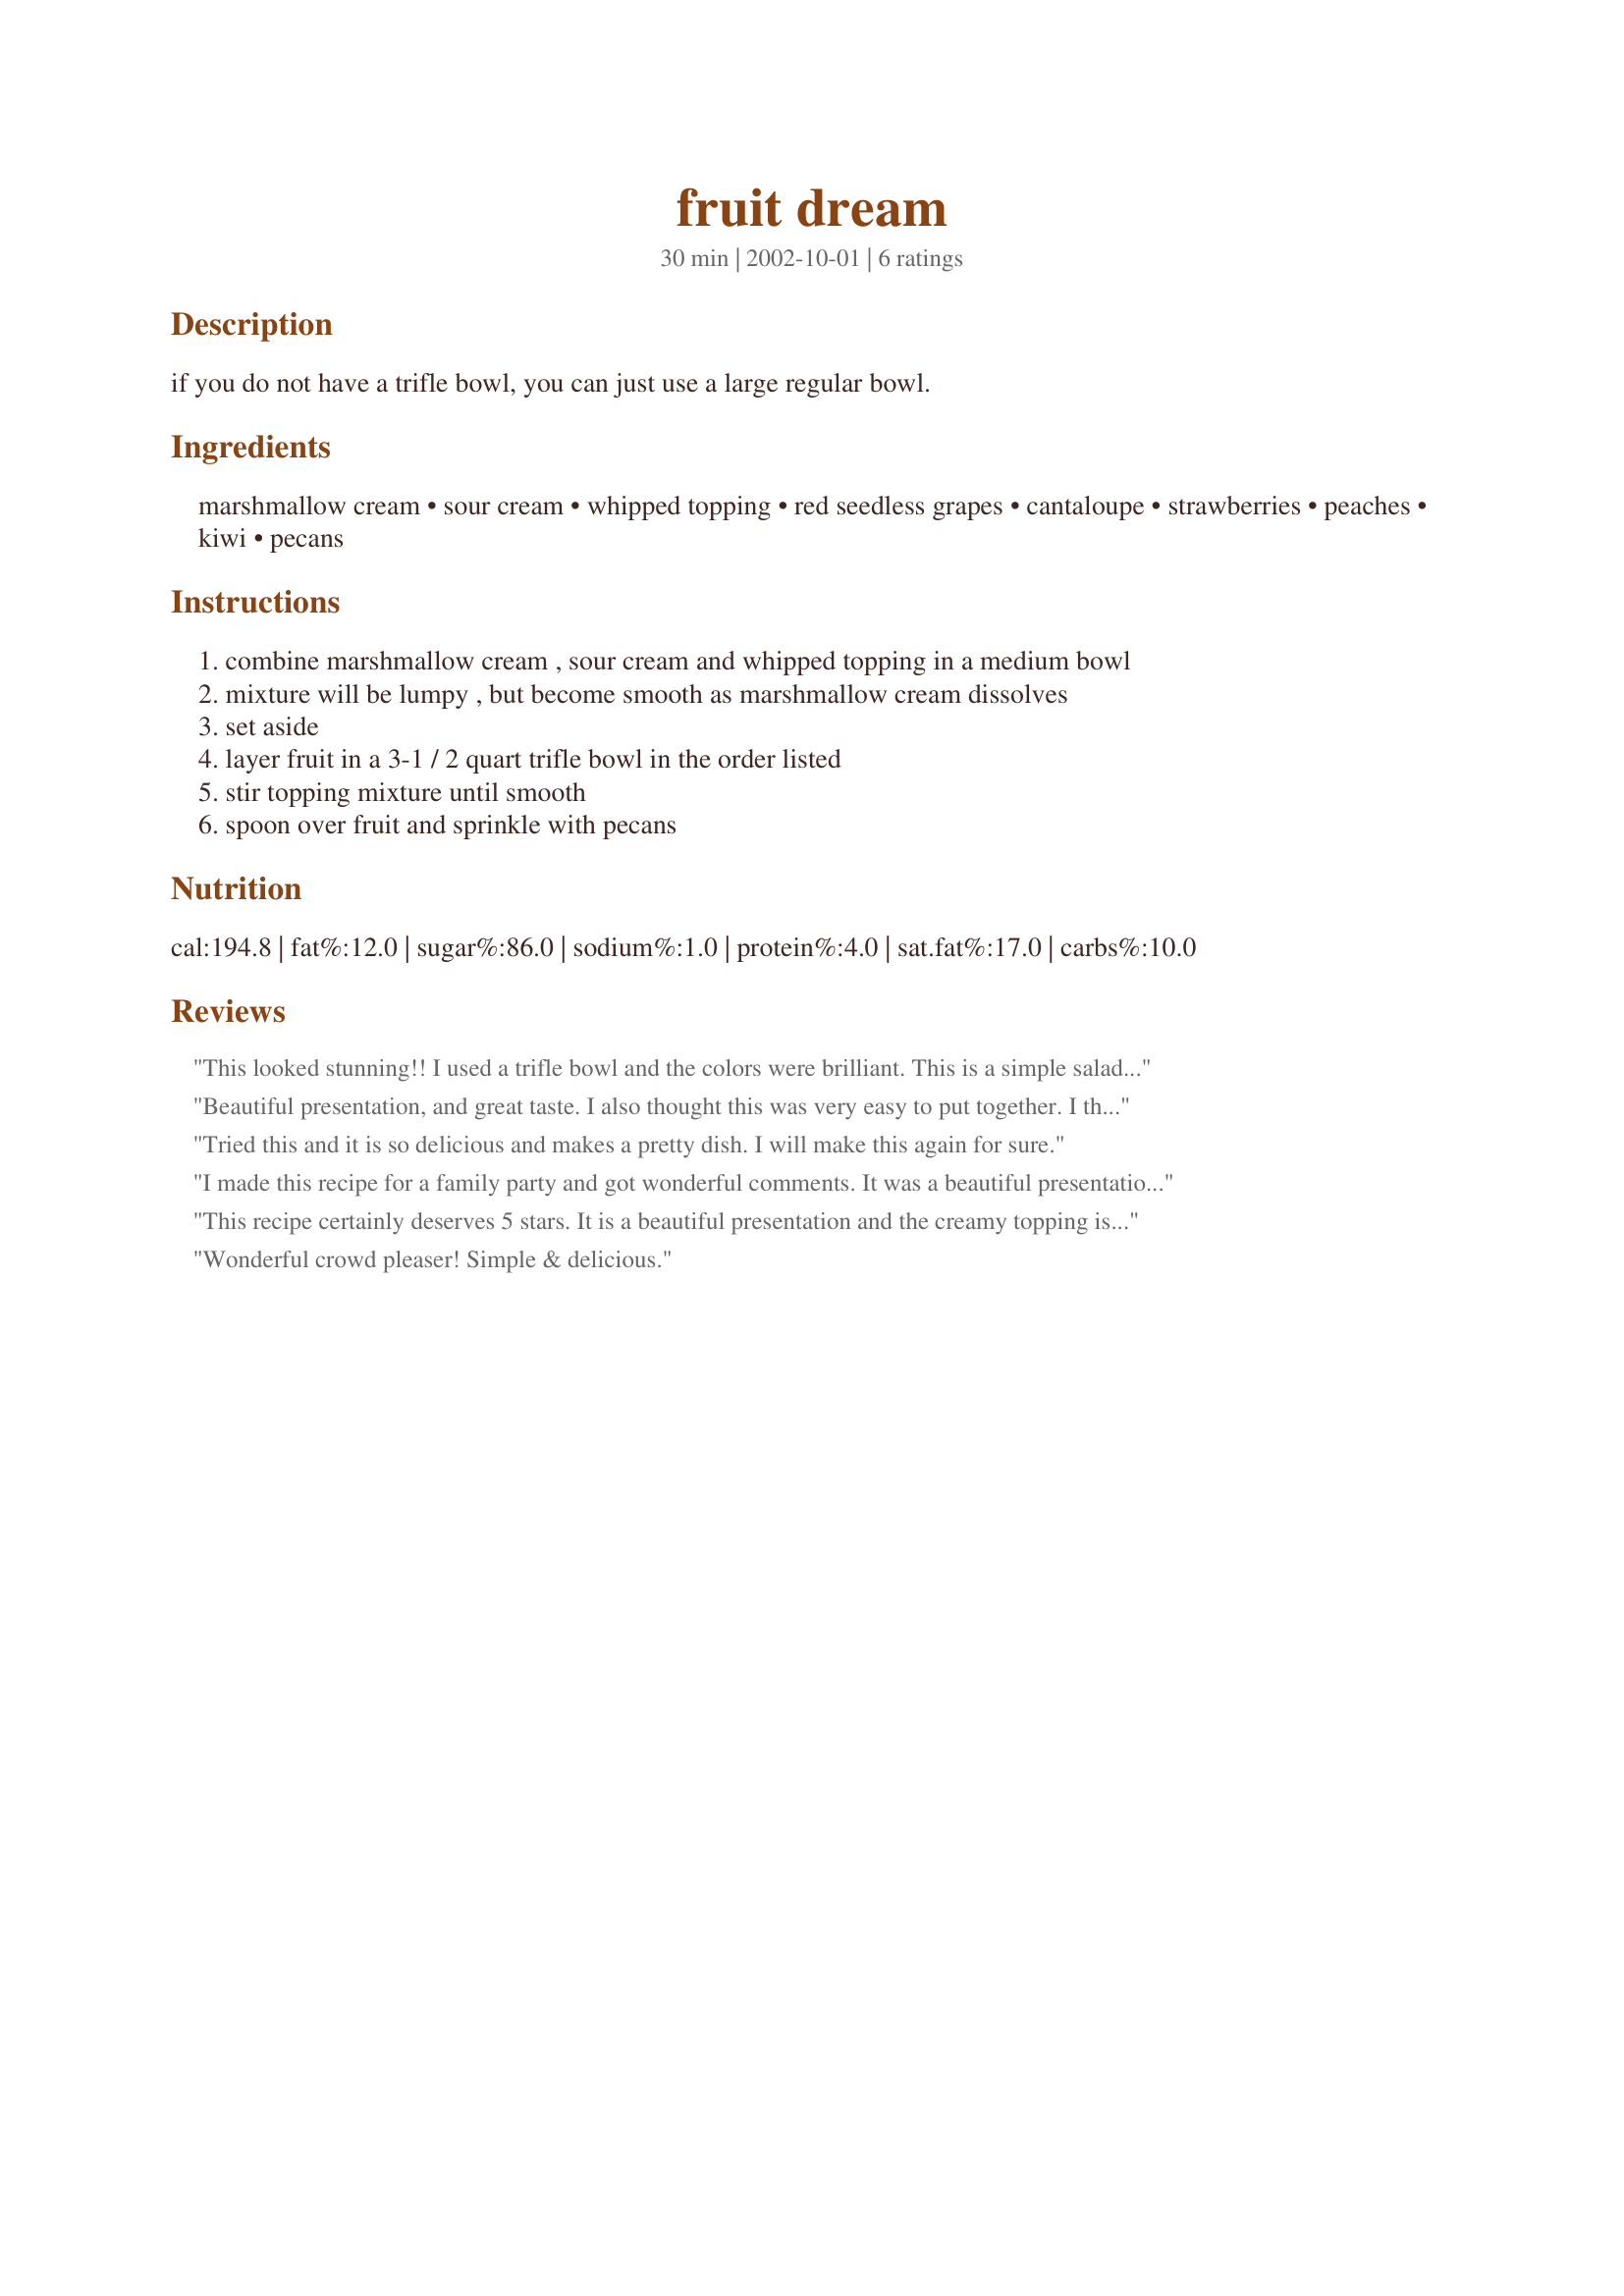
fruit dream
Preparation time: 30 minutes

if you do not have a trifle bowl, you can just use a large regular bowl.

Ingredients:
marshmallow cream, sour cream, whipped topping, red seedless grapes, cantaloupe, strawberries, peaches, kiwi, pecans

Steps:
combine marshmallow cream , sour cream and whipped topping in a medium bowl, mixture will be lumpy , but become smooth as marshmallow cream dissolves, set aside, layer fruit in a 3-1 / 2 quart trifle bowl in the order listed, stir topping mixture until smooth, spoon over fruit and sprinkle with pecans

Reviews:
This looked stunning!! I used a trifle bowl and the colors were brilliant. This is a simple salad recipe that is good for when you want to show-off a little. I made it for the holiday weekend. Family/guests marveled. Thanks Secret.
Beautiful presentation, and great taste. I also thought this was very easy to put together. I think you can vary the fruit to include what you have on hand. I used pineapple instead of cantaloupe and it worked out well. It's on my keeper list!
Tried this and it is so delicious and makes a pretty dish. I will make this again for sure.
I made this recipe for a family party and got wonderful comments. It was a beautiful presentation and very tasteful. I could not get good peaches this time of year so used bananas and served it immediately. When the bananas were on the top next to the cream mixture they didn't turn brown very fast. I will definately make this again.
This recipe certainly deserves 5 stars. It is a beautiful presentation and the creamy topping is great. Sweet but not too sweet. The fruit tasted especially good when it was well chilled. I followed the recipe exactly.
Wonderful crowd pleaser! Simple & delicious.
